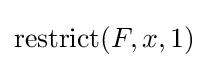
\operatorname {restrict} (F,x,1)